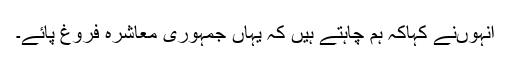
انہوںنے کہاکہ ہم چاہتے ہیں کہ یہاں جمہوری معاشرہ فروغ پائے۔